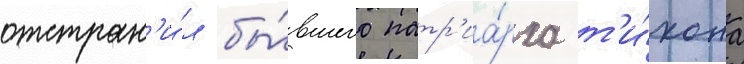
отстран'и́л бы́вшего патр'иа́рха т'и́хона